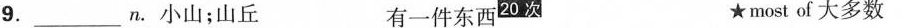
9.___n.小山；山丘 有一件东西^{20次} ★most of大多数